Scottish Certificate of Education, 1962
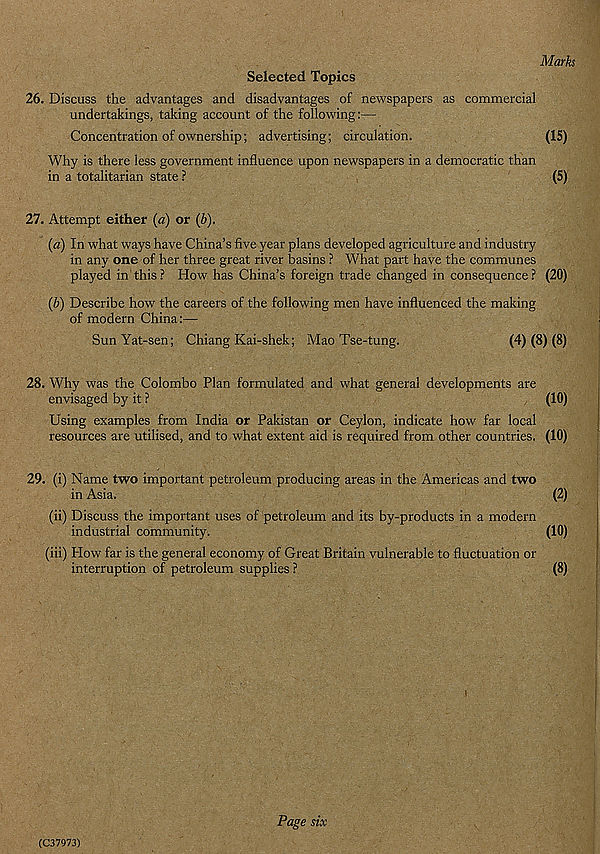
Marks
Selected Topics
26. Discuss the advantages and disadvantages of newspapers as commercial
undertakings, taking account of the following:—
Concentration of ownership; advertising; circulation.
(15)
Why is there less government influence upon newspapers in a democratic than
in a totalitarian state ?
(5)
27. Attempt either {a) or (b).
{a) In what ways have China’s five year plans developed agriculture and industry
in any one of her three great river basins ? What part have the communes
played in this ? How has China’s foreign trade changed in consequence ? (20)
{b) Describe how the careers of the following men have influenced the making
of modern China:—
SunYat-sen; Chiang Kai-shek; Mao Tse-tung.
(4) (8) (8)
28. Why was the Colombo Plan formulated and what general developments are
envisaged by it ?
(10)
Using examples from India or Pakistan or Ceylon, indicate how far local
resources are utilised, and to what extent aid is required from other countries. (10)
29. (i) Name two important petroleum producing areas in the Americas and two
in Asia.
(2)
(ii) Discuss the important uses of petroleum and its by-products in a modern
industrial community.
(10)
(iii) How far is the general economy of Great Britain vulnerable to fluctuation or
interruption of petroleum supplies ?
(8)
(C37973)
Page six